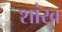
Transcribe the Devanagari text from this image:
शांख